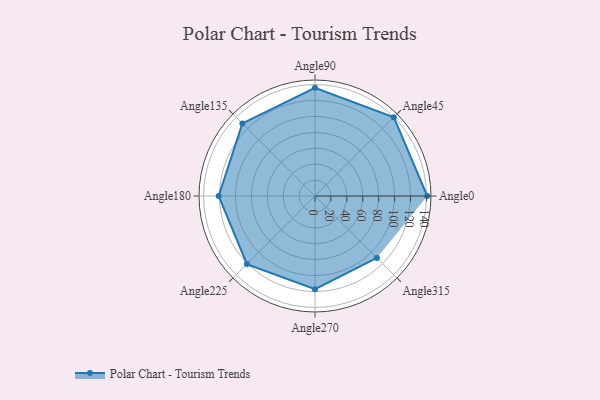
{"axis": {"x": "Angle", "y": "Radius"}, "legend": [""], "data": [{"x": "Angle0", "y": 141.0, "type": ""}, {"x": "Angle45", "y": 140.0, "type": ""}, {"x": "Angle90", "y": 136.0, "type": ""}, {"x": "Angle135", "y": 129.0, "type": ""}, {"x": "Angle180", "y": 121.0, "type": ""}, {"x": "Angle225", "y": 121.0, "type": ""}, {"x": "Angle270", "y": 117.0, "type": ""}, {"x": "Angle315", "y": 110.0, "type": ""}]}